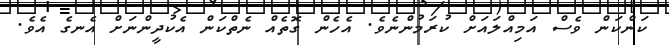
ކަންކަން ވެސް އަމިއްލައަށް ކުރަމުންނެވެ. އެހެން ގޮތެއް ނެތްކަން އެކުދީންނަށް އެނގެ އެވެ.